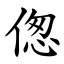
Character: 偬